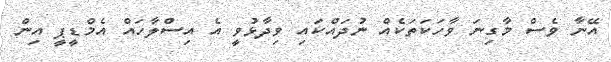
އޭނާ ވެސް މާގިނަ ވާހަކަތަކެއް ނުދައްކައި ވިދާޅުވީ އެ އިސްލާހައް އެމްޑީޕީ އިން